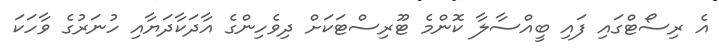
އެ ރިސޯޓްގައި ފައި ބީއްސާލާ ކޮންމެ ޓޫރިސްޓަކަށް ދިވެހިންގެ އާދަކާދަޔާއި ހުނަރުގެ ވާހަކަ